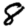
Digit: 8